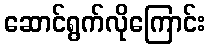
ဆောင်ရွက်လိုကြောင်း